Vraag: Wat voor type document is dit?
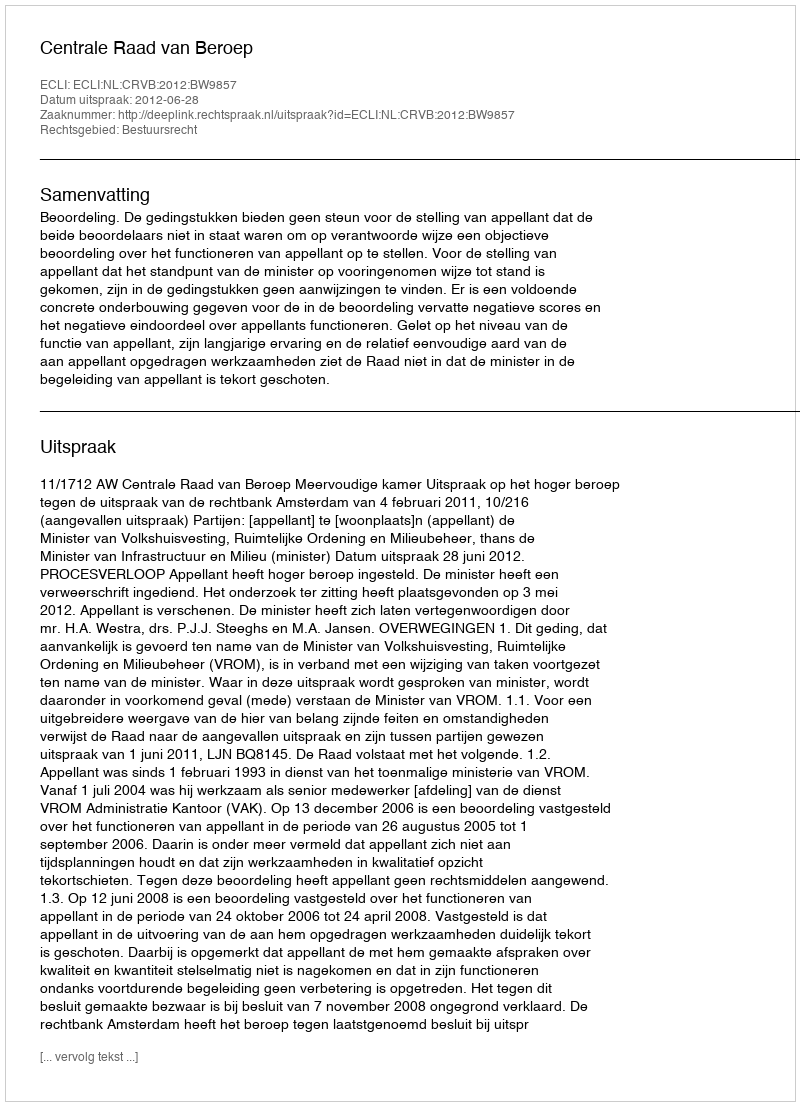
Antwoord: Uitspraak